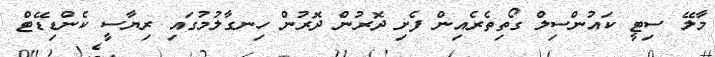
މާލޭ ސިޓީ ކައުންސިލް ގޯތިތެރެއިން ފެށި ދޮރުން ދޮރުން ހިނގާލުމުގައި ރިޔާސީ ކެންޑިޑޭޓް